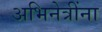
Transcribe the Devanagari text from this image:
अभिनेत्रींना